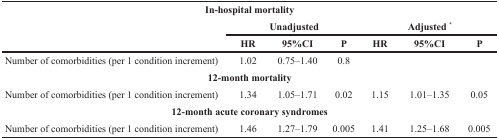
<table><thead><tr><td colspan="7"><b>In-hospital mortality</b></td></tr><tr><td></td><td colspan="3"><b>Unadjusted</b></td><td colspan="3"><b>Adjusted <sup>*</sup></b></td></tr><tr><td></td><td><b>HR</b></td><td><b>95%CI</b></td><td><b>P</b></td><td><b>HR</b></td><td><b>95%CI</b></td><td><b>P</b></td></tr></thead><tbody><tr><td>Number of comorbidities (per 1 condition increment)</td><td>1.02</td><td>0.75–1.40</td><td>0.8</td><td></td><td></td><td></td></tr><tr><td colspan="7"><b>12-month mortality</b></td></tr><tr><td>Number of comorbidities (per 1 condition increment)</td><td>1.34</td><td>1.05–1.71</td><td>0.02</td><td>1.15</td><td>1.01–1.35</td><td>0.05</td></tr><tr><td colspan="7"><b>12-month acute coronary syndromes</b></td></tr><tr><td>Number of comorbidities (per 1 condition increment)</td><td>1.46</td><td>1.27–1.79</td><td>0.005</td><td>1.41</td><td>1.25–1.68</td><td>0.005</td></tr></tbody></table>